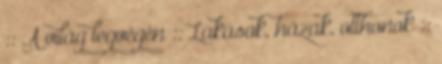
:: A világ legvégén :: Lakások, házak, otthonok ::